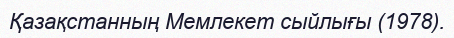
Қазақстанның Мемлекет сыйлығы (1978).